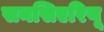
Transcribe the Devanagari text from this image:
सनसिएरियू